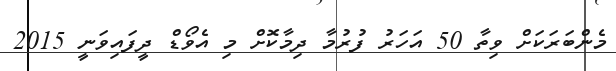
މެންބަރަކަށް ވިތާ 50 އަހަރު ފުރުމާ ދިމާކޮށް މި އެވޯޑް ދީފައިވަނީ 2015